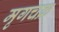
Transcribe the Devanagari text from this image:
मृगचक्र